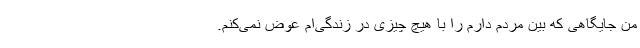
من جایگاهی که بین مردم دارم را با هیچ چیزی در زندگی‌ام عوض نمی‌کنم.